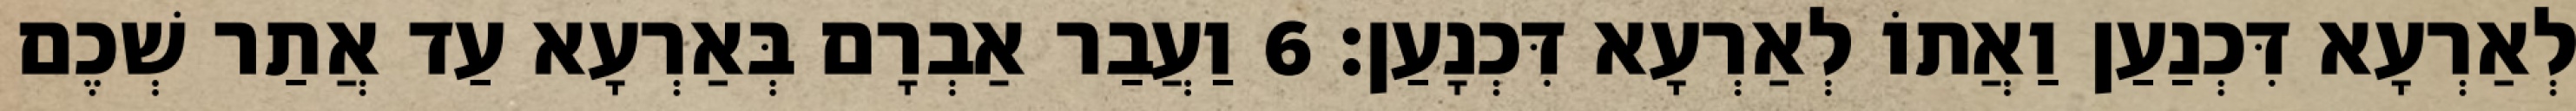
לְאַרְעָא דִּכְנַעַן וַאֲתוֹ לְאַרְעָא דִּכְנָעַן׃ 6 וַעֲבַר אַבְרָם בְּאַרְעָא עַד אֲתַר שְׁכֶם